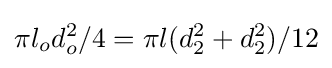
\pi l_{o}d_{o}^{2}/4=\pi l(d_{2}^{2}+d_{2}^{2})/12